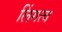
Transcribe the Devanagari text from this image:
लिंगत्व